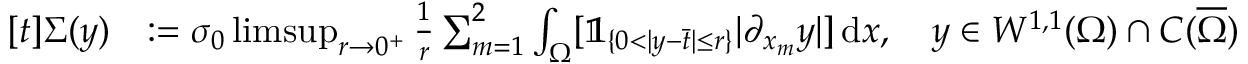
\begin{array} { r l } { [ t ] \Sigma ( y ) } & { : = \sigma _ { 0 } \operatorname* { l i m s u p } _ { r \to 0 ^ { + } } \frac { 1 } { r } \sum _ { m = 1 } ^ { 2 } \int _ { \Omega } [ \mathbb { 1 } _ { \{ 0 < | y - \bar { t } | \leq r \} } | \partial _ { x _ { m } } y | ] \, \mathrm { d } x , \quad y \in W ^ { 1 , 1 } ( \Omega ) \cap C ( \overline { \Omega } ) } \end{array}